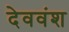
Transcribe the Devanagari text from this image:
देववंश